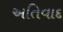
અતિવાદ